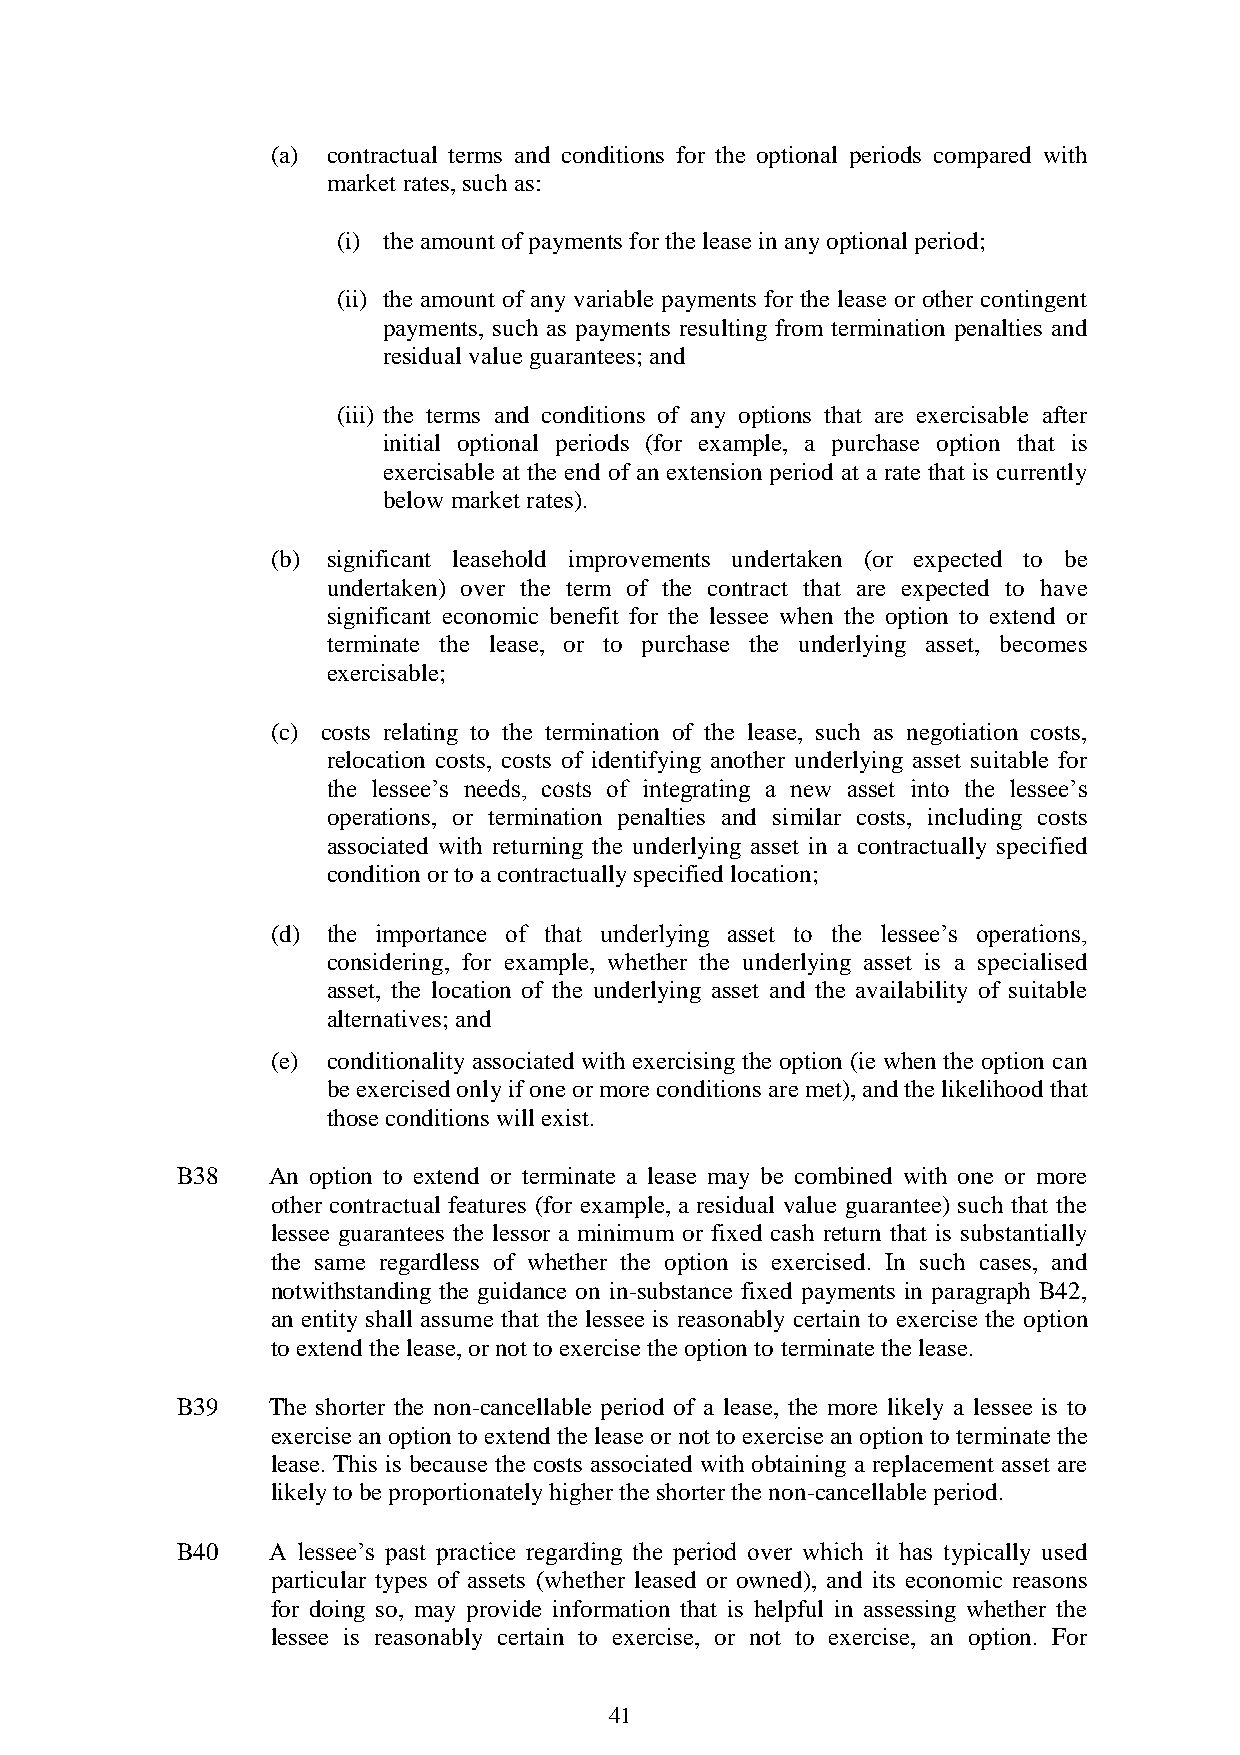
(a) contractual terms and conditions for the optional periods compared with
 market rates, such as:
 (i) the amount of payments for the lease in any optional period;
 (ii) the amount of any variable payments for the lease or other contingent
 payments, such as payments resulting from termination penalties and
 residual value guarantees; and
 (iii) the terms and conditions of any options that are exercisable after
 initial optional periods (for example, a purchase option that is
 exercisable at the end of an extension period at a rate that is currently
 below market rates).
 (b) significant leasehold improvements undertaken (or expected to be
 undertaken) over the term of the contract that are expected to have
 significant economic benefit for the lessee when the option to extend or
 terminate the lease, or to purchase the underlying asset, becomes
 exercisable;
 (c) costs relating to the termination of the lease, such as negotiation costs,
 relocation costs, costs of identifying another underlying asset suitable for
 the lessee’s needs, costs of integrating a new asset into the lessee’s
 operations, or termination penalties and similar costs, including costs
 associated with returning the underlying asset in a contractually specified
 condition or to a contractually specified location;
 (d) the importance of that underlying asset to the lessee’s operations,
 considering, for example, whether the underlying asset is a specialised
 asset, the location of the underlying asset and the availability of suitable
 alternatives; and
 (e) conditionality associated with exercising the option (ie when the option can
 be exercised only if one or more conditions are met), and the likelihood that
 those conditions will exist.
 B38   An option to extend or terminate a lease may be combined with one or more
 other contractual features (for example, a residual value guarantee) such that the
 lessee guarantees the lessor a minimum or fixed cash return that is substantially
 the same regardless of whether the option is exercised. In such cases, and
 notwithstanding the guidance on in-substance fixed payments in paragraph B42,
 an entity shall assume that the lessee is reasonably certain to exercise the option
 to extend the lease, or not to exercise the option to terminate the lease.
 B39   The shorter the non-cancellable period of a lease, the more likely a lessee is to
 exercise an option to extend the lease or not to exercise an option to terminate the
 lease. This is because the costs associated with obtaining a replacement asset are
 likely to be proportionately higher the shorter the non-cancellable period.
 B40   A lessee’s past practice regarding the period over which it has typically used
 particular types of assets (whether leased or owned), and its economic reasons
 for doing so, may provide information that is helpful in assessing whether the
 lessee is reasonably certain to exercise, or not to exercise, an option. For
 41